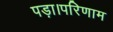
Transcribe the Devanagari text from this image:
पड़ा।परिणाम